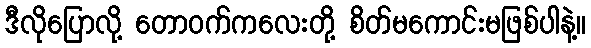
ဒီလိုပြောလို့ တောဝက်ကလေးတို့ စိတ်မကောင်းမဖြစ်ပါနဲ့။